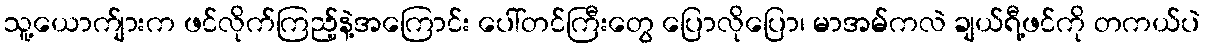
သူ့ယောက်ျားက ဖင်လိုက်ကြည့်နဲ့အကြောင်း ပေါ်တင်ကြီးတွေ ပြောလိုပြော၊ မာအမ်ကလဲ ချယ်ရီ့ဖင်ကို တကယ်ပဲ